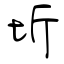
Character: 圻